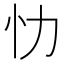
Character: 忇